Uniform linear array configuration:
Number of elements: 32
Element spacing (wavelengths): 0.25
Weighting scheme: binomial
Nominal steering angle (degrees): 0
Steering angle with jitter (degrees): -1.911
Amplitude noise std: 0.05
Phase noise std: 0.05

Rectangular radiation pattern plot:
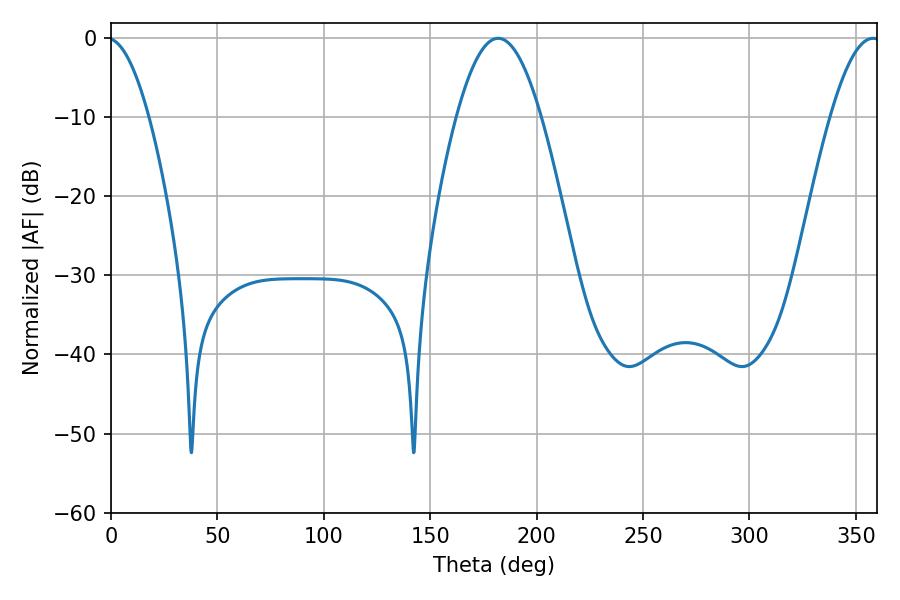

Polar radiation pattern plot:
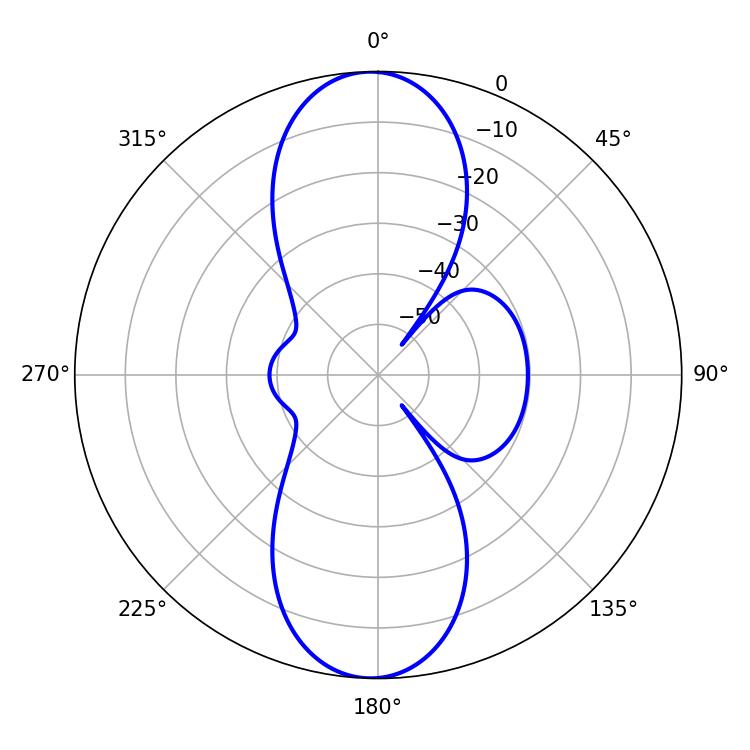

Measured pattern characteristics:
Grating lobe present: FALSE
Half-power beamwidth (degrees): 21.6
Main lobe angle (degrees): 181.98